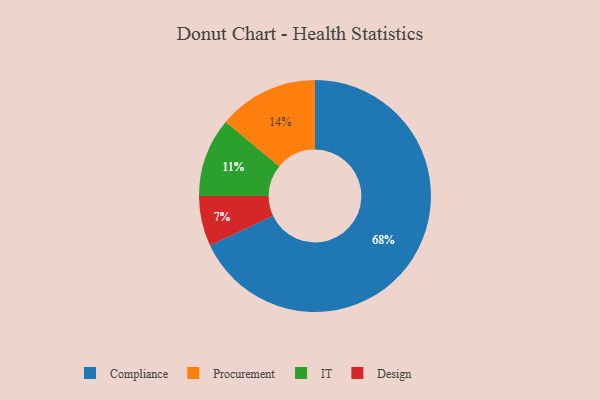
{"axis": {"x": "Category", "y": "Percentage"}, "legend": ["Compliance", "Design", "IT", "Procurement"], "data": [{"x": "Compliance", "y": 68, "type": "Compliance"}, {"x": "IT", "y": 11, "type": "IT"}, {"x": "Procurement", "y": 14, "type": "Procurement"}, {"x": "Design", "y": 7, "type": "Design"}]}